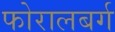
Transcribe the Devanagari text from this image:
फोरालबर्ग